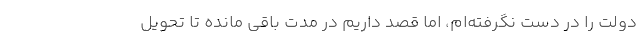
دولت را در دست نگرفته‌ام، اما قصد داریم در مدت باقی مانده تا تحویل